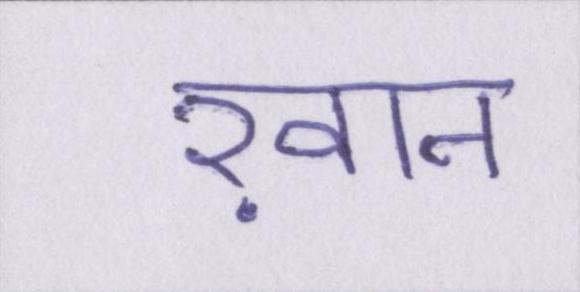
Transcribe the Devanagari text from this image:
ख़ान